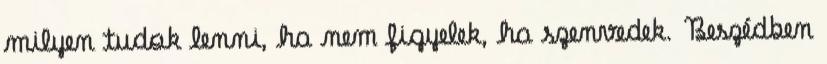
milyen tudok lenni, ha nem figyelek, ha szenvedek. Beszédben